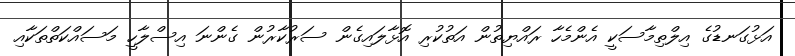
އަޅުގަނޑުގެ އިލްތިމާސަކީ އެންމެހާ ރައްޔިތުން އަތުކުރި އޮޅާލައިގެން ސަރުކާރުން ގެންނަ އިސްލާހީ މަސައްކަތްތަކާއި